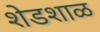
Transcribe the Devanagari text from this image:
शेडशाळ